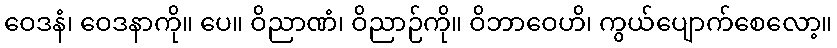
ဝေဒနံ၊ ဝေဒနာကို။ ပေ။ ဝိညာဏံ၊ ဝိညာဉ်ကို။ ဝိဘာဝေဟိ၊ ကွယ်ပျောက်စေလော့။